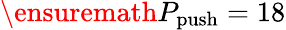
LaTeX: \ensuremath{P_{\mathrm{push}}}=18